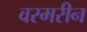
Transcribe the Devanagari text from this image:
वरमरीन